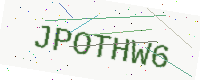
Text: JPOTHW6